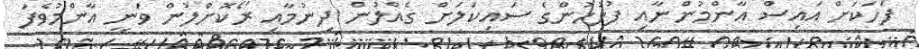
ފަހަކަށް އައިސް އާންމުންނާއި ފުލުހުންގެ ސައިކަލަށް ގެއްލުން ދިނުމާއި ރޯކޮށްލުން ވަނީ އާންމުވެފަ